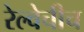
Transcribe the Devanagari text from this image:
रेल्वेचीच